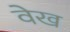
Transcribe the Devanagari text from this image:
वेख